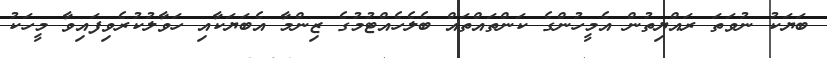
ބަޔަކު ނުވަތަ ރައްޔިތުން އެމީހުންގެ ކަންތައްތައް ބެލެހެއްޓުމުގެ ޒިންމާ އެބަޔަކާއި ހަވާލުކުރެވިފައިވާ މީހަކު